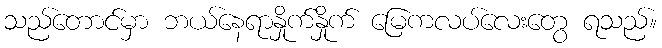
သည်တောင်မှာ ဘယ်နေရာနှိုက်နှိုက် မြေကလပ်လေးတွေ ရသည်။